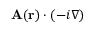
\mathbf { A } ( \mathbf { r } ) \cdot ( - i \nabla )